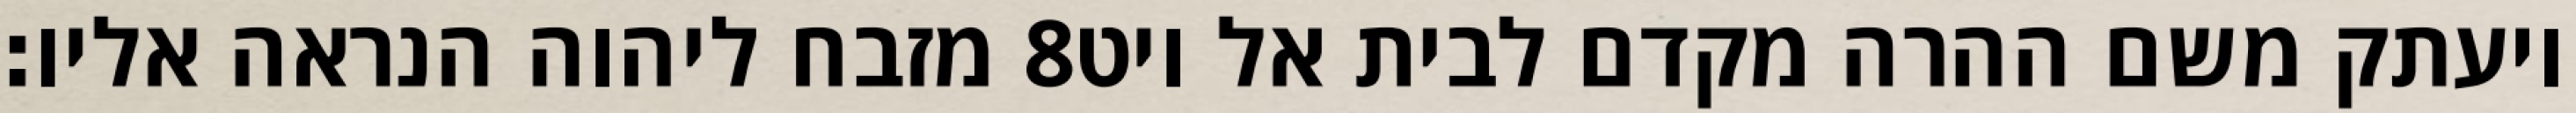
מזבח ליהוה הנראה אליו׃ ‎8‏ ויעתק משם ההרה מקדם לבית אל ויט